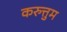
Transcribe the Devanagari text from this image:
करुत्तुम